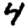
Digit: 4